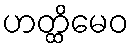
ဟတ္ထိမေဝ